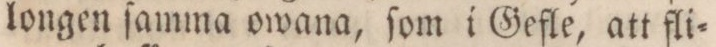
longen ſamma owana, ſom i Gefle, att fli=